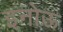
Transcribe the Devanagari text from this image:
इनोऊ